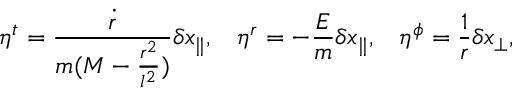
\eta ^ { t } = \frac { \dot { r } } { m ( M - \frac { r ^ { 2 } } { l ^ { 2 } } ) } \delta x _ { \parallel } , \; \; \; \eta ^ { r } = - \frac { E } { m } \delta x _ { \parallel } , \; \; \; \eta ^ { \phi } = \frac { 1 } { r } \delta x _ { \perp } ,